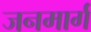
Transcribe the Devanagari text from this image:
जनमार्ग